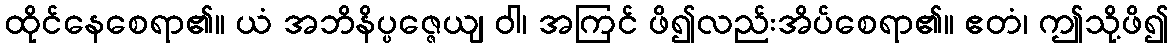
ထိုင်နေစေရာ၏။ ယံ အဘိနိပ္ပဇ္ဇေယျ ဝါ၊ အကြင် ဖိ၍လည်းအိပ်စေရာ၏။ ဧတံ၊ ဤသို့ဖိ၍